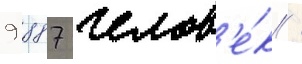
9 887 челов'е́к /